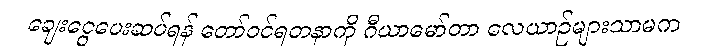
ချေးငွေပေးဆပ်ရန် တော်ဝင်ရတနာကို ဂီယာမော်တာ လေယာဉ်များသာမက